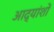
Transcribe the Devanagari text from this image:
आद्यांशों